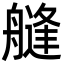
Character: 𦪎